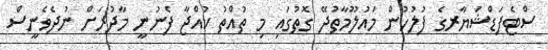
ސްޓެފަޑްޝަޔާރގެ ފުލުހުން މައުލޫމާތުދޭ ގޮތުގައި މި ތުއްތު ކުއްޖާ ފެނުނީ މާދުރަށް ނުދެވެނީސް